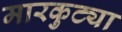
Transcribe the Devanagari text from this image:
मारकुट्या